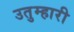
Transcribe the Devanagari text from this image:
उतुम्हारी